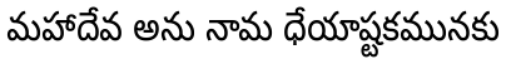
మహాదేవ అను నామ ధేయాష్టకమునకు